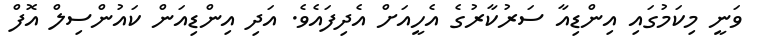
ވަނީ މިކަމުގައި އިންޑިއާ ސަރުކާރުގެ އެހީއަށް އެދިފައެވެ. އަދި އިންޑިއަން ކައުންސިލް އޮފް